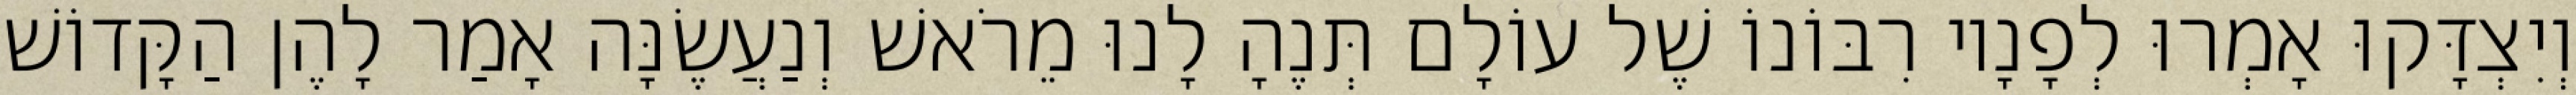
וְיִצְדָּקוּ אָמְרוּ לְפָנָיו רִבּוֹנוֹ שֶׁל עוֹלָם תְּנֶהָ לָנוּ מֵרֹאשׁ וְנַעֲשֶׂנָּה אָמַר לָהֶן הַקָּדוֹשׁ